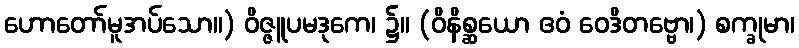
ဟောတော်မူအပ်သော။) ဝိဇ္ဇူပမဒုကေ၊ ၌။ (ဝိနိစ္ဆယော ဧဝံ ဝေဒိတဗ္ဗော၊) စက္ခုမာ၊